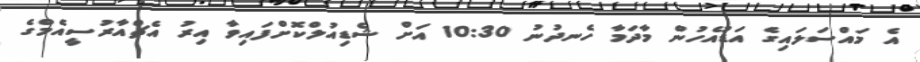
އެ މައްސަލައިގެ އަޑުއެހުން މާދަމާ ހެނދުނު 10:30 އަށް ޝެޑިއުލްކޮށްފައިވާ އިރު އެޗްއާރުސީއެމްގެ